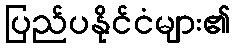
ပြည်ပနိုင်ငံများ၏